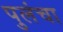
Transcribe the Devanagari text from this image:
पुलंचा